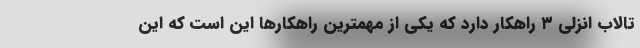
تالاب انزلی ۳ راهکار دارد که یکی از مهمترین راهکارها این است که این